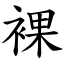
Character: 裸